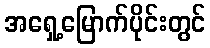
အရှေ့မြောက်ပိုင်းတွင်